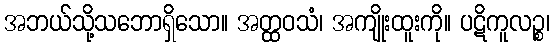
အဘယ်သို့သဘောရှိသော။ အတ္ထဝသံ၊ အကျိုးထူးကို။ ပဋိကူလဉ္စ၊